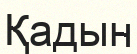
Қадын